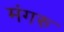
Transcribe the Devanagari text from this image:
मंगरु